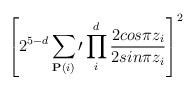
LaTeX: \begin{align*}\left[ 2^{5-d}\sum_{{\bf P}(i)}\prime \prod^d_i {2cos \pi z_i \over 2sin \pi z_i} \right]^2\end{align*}